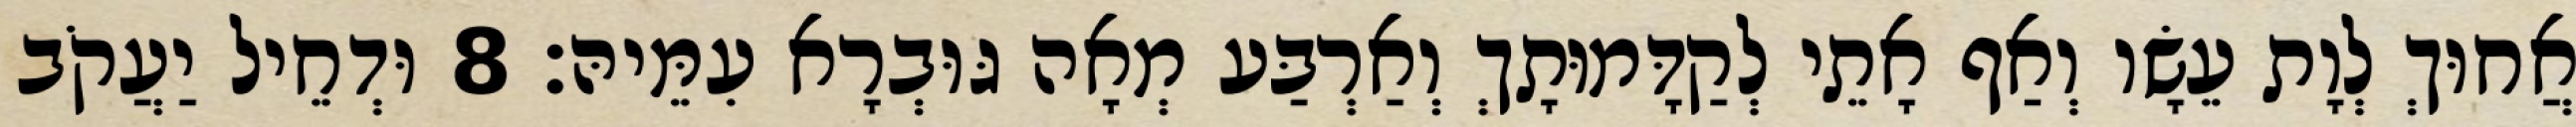
אֲחוּךְ לְוָת עֵשָׂו וְאַף אָתֵי לְקַדָּמוּתָךְ וְאַרְבַּע מְאָה גּוּבְרָא עִמֵּיהּ׃ 8 וּדְחֵיל יַעֲקֹב